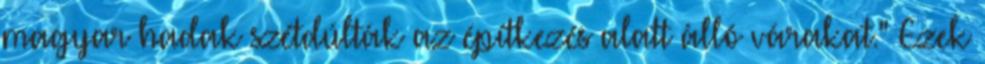
magyar hadak szétdúlták az építkezés alatt álló várakat." Ezek